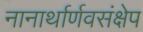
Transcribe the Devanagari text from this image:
नानार्थार्णवसंक्षेप